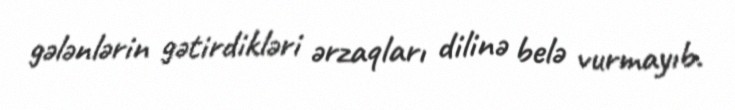
gələnlərin gətirdikləri ərzaqları dilinə belə vurmayıb.